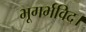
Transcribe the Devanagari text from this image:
भूगर्भविद।